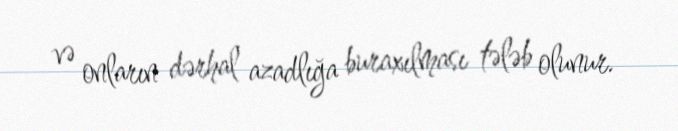
və onların dərhal azadlığa buraxılması tələb olunur.